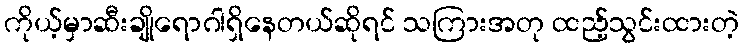
ကိုယ့်မှာဆီးချိုရောဂါရှိနေတယ်ဆိုရင် သကြားအတု ထည့်သွင်းထားတဲ့